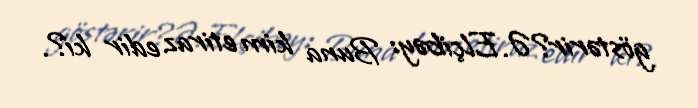
göstərir?Ə.Elçibəy: Buna kim etiraz edir ki?.